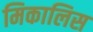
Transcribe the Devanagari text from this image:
मिकालिस